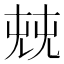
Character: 𠒔